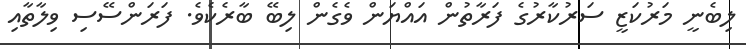
ލިބެނީ މަރުކަޒީ ސަރުކާރުގެ ފަރާތުން އައްޔަން ވެގެން ލިބޭ ބާރެކެވެ. ފަރަންސޭސި ވިލާތާއި